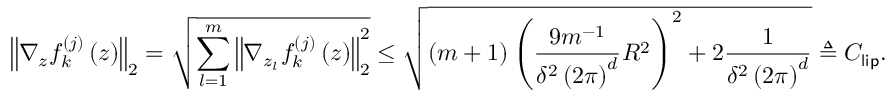
\left\Vert \nabla _ { z } f _ { k } ^ { ( j ) } \left( z \right) \right\Vert _ { 2 } = \sqrt { \sum _ { l = 1 } ^ { m } \left\Vert \nabla _ { z _ { l } } f _ { k } ^ { ( j ) } \left( z \right) \right\Vert _ { 2 } ^ { 2 } } \leq \sqrt { \left( m + 1 \right) \left( \frac { 9 m ^ { - 1 } } { \delta ^ { 2 } \left( 2 \pi \right) ^ { d } } R ^ { 2 } \right) ^ { 2 } + 2 \frac { 1 } { \delta ^ { 2 } \left( 2 \pi \right) ^ { d } } } \triangleq C _ { \mathsf { l i p } } .